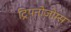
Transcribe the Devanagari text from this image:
ट्रिपनोजोम्स